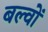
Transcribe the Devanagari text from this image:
बल्वों